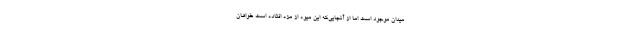
میدان موجود است اما از آنجایی‌که این میوه از مزه افتاده است خواهان